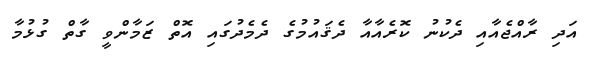
އަދި ރާއްޖެއާއި ދެކުނު ކޮރެއާއާ ދެޤައުމުގެ ދެމެދުގައި އޮތް ޒަމާންވީ ގާތް ގުޅުމާ